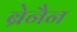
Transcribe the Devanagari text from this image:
ब्रेनैन